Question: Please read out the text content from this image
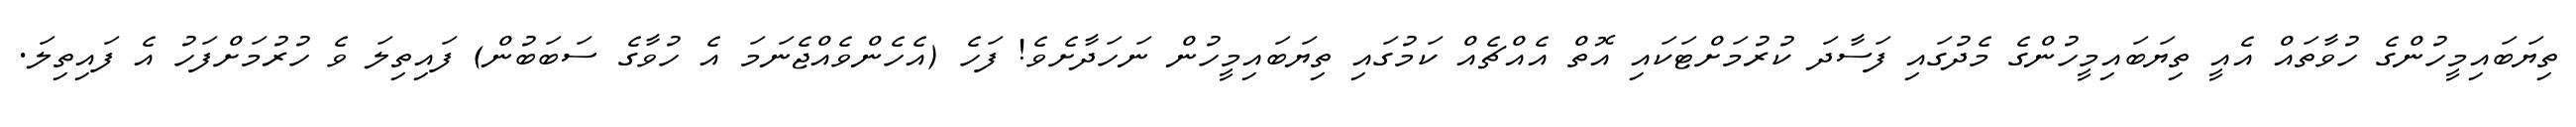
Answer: ތިޔަބައިމީހުންގެ ހުވާތައް އެއީ ތިޔަބައިމީހުންގެ މެދުގައި ފަސާދަ ކުރުމަށްޓަކައި އޮތް އެއްޗެއް ކަމުގައި ތިޔަބައިމީހުން ނަހަދާށެވެ! ފަހެ (އެހެންވެއްޖެނަމަ އެ ހުވާގެ ސަބަބުން) ފައިތިލަ ވެ ހުރުމަށްފަހު އެ ފައިތިލަ.